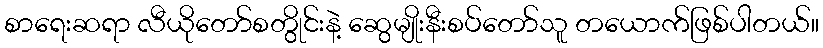
စာရေးဆရာ လီယိုတော်စတွိုင်းနဲ့ ဆွေမျိုးနီးစပ်တော်သူ တယောက်ဖြစ်ပါတယ်။